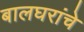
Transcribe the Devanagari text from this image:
बालघरांचे